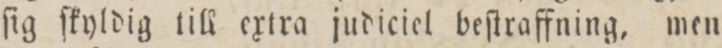
ſig ſkyldig till extra judiciel beſtraffning, men